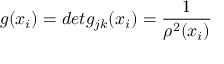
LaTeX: g ( x _ { i } ) = d e t g _ { j k } ( x _ { i } ) = \frac { 1 } { \rho ^ { 2 } ( x _ { i } ) }